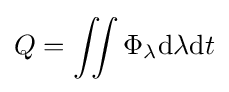
Q=\iint \Phi _{\lambda }{\mathrm {d} \lambda \mathrm {d} t}